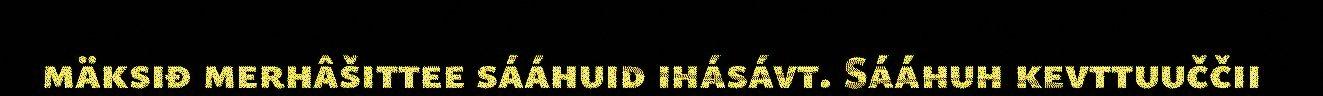
mäksiđ merhâšittee sááhuid ihásávt. Sááhuh kevttuuččii